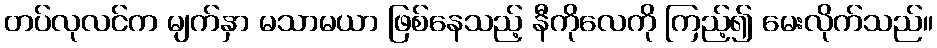
တပ်လုလင်က မျက်နှာ မသာမယာ ဖြစ်နေသည့် နီကိုလေကို ကြည့်၍ မေးလိုက်သည်။